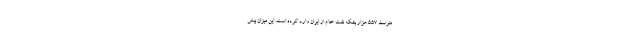
متوسط 557 هزار بشکه نفت خام از ایران وارد کرده است. این میزان بیش